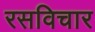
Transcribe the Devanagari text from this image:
रसविचार